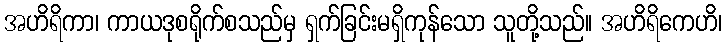
အဟိရိကာ၊ ကာယဒုစရိုက်စသည်မှ ရှက်ခြင်းမရှိကုန်သော သူတို့သည်။ အဟိရိကေဟိ၊